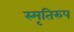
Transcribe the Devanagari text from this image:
स्मृतिरुप